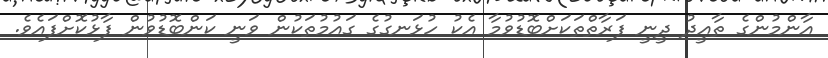
އާންމުންގެ ތާއީދު ދީނީ ފަރާތްތަކަށްބޮޑުވުމާ އެކު ހުޅަނގުގެ ގައުމުތަކުން ވަނީ ކަންބޮޑުވުން ފާޅުކޮށްފައެވެ.